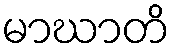
မာဃာတိ